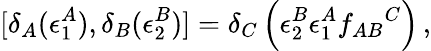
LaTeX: [\delta_{A}(\epsilon_{1}^{A}),\delta_{B}(\epsilon_{2}^{B})]=\delta_{C}\left(\epsilon_{2}^{B}\epsilon_{1}^{A}f_{AB}{}^{C}\right)\, ,